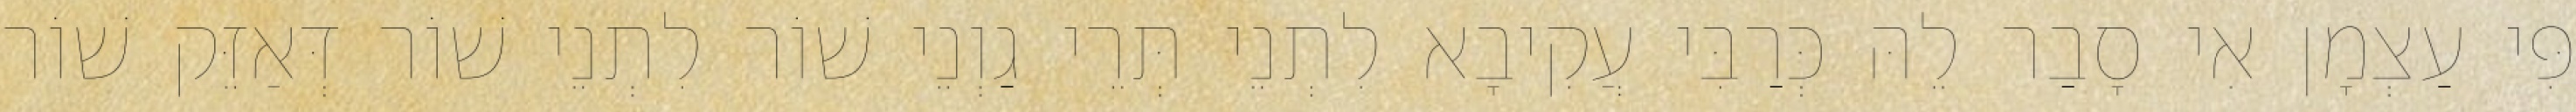
פִּי עַצְמָן אִי סָבַר לֵהּ כְּרַבִּי עֲקִיבָא לִתְנֵי תְּרֵי גַוְנֵי שׁוֹר לִתְנֵי שׁוֹר דְּאַזֵּק שׁוֹר